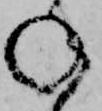
ね